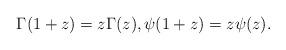
LaTeX: \begin{align*}\Gamma(1+z)=z\Gamma(z),\psi(1+z)=z\psi(z).\end{align*}